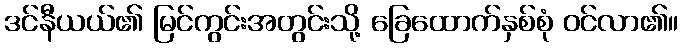
ဒင်နီယယ်၏ မြင်ကွင်းအတွင်းသို့ ခြေထောက်နှစ်စုံ ဝင်လာ၏။